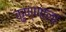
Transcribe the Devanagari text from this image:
कुण्णाला